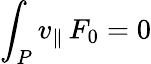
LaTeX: \int_{P}v_{\| }\, F_{0}=0